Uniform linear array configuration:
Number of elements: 32
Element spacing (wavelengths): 1
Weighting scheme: uniform
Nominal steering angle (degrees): -45
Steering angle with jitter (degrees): -43.719
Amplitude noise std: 0.05
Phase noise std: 0.05

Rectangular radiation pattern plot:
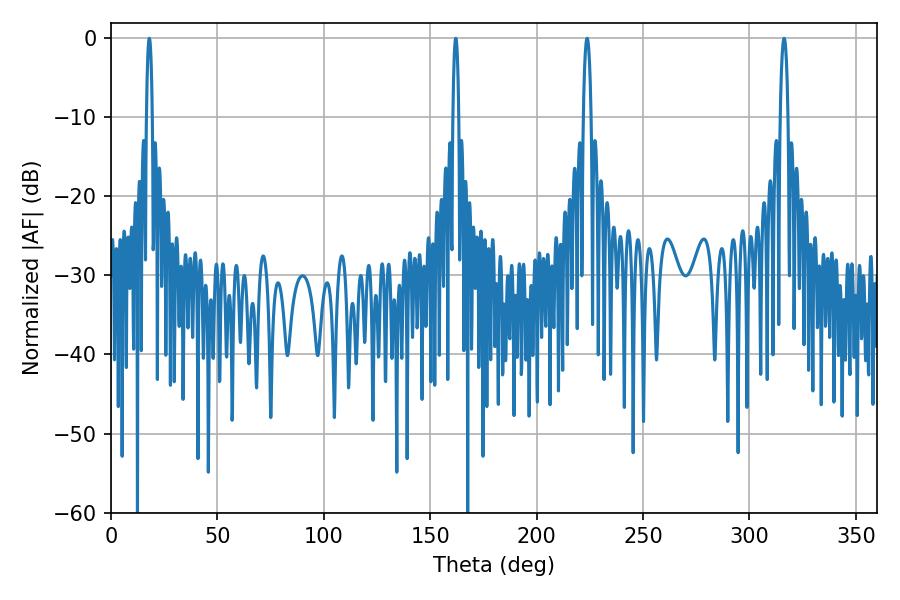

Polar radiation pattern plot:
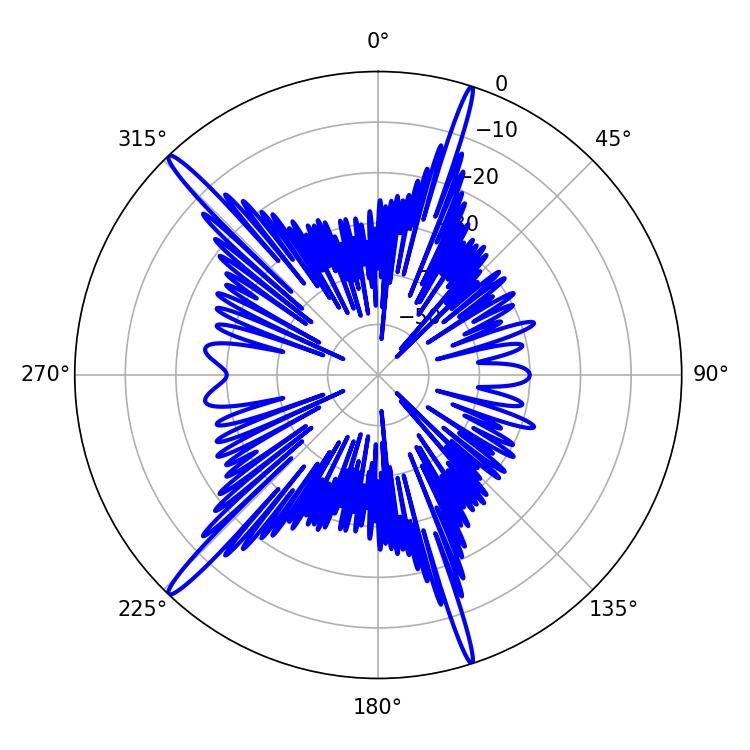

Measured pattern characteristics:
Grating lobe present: TRUE
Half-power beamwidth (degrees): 1.44
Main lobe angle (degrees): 18